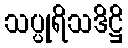
သပ္ပုရိသဒိဋ္ဌိ